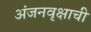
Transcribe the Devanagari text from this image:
अंजनवृक्षाची